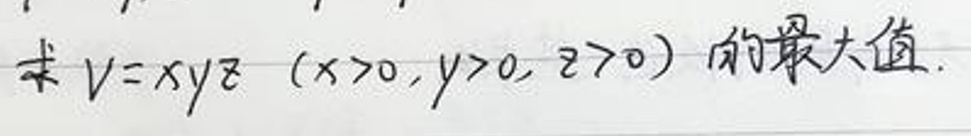
求 \(V = xyz\)（\(x>0,y>0,z>0\)）的最大值.